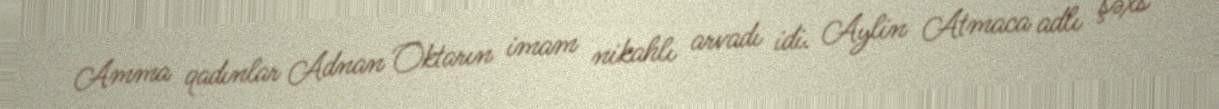
Amma qadınlar Adnan Oktarın imam nikahlı arvadı idi. Aylin Atmaca adlı şəxs